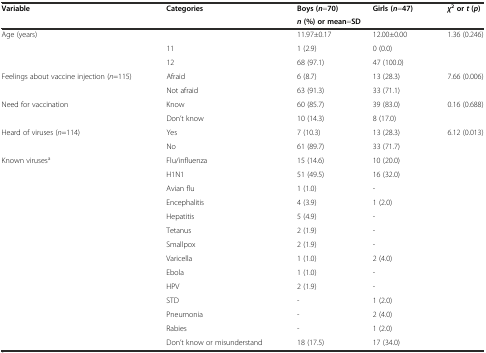
<table><thead><tr><td rowspan="2"><b>Variable</b></td><td rowspan="2"><b>Categories</b></td><td><b>Boys (<i>n</i>=70)</b></td><td><b>Girls (<i>n</i>=47)</b></td><td rowspan="2"><b><i>χ</i><sup>2</sup>or<i>t</i>(<i>p</i>)</b></td></tr><tr><td colspan="2"><b><i>n</i>(%) or mean=SD</b></td></tr></thead><tbody><tr><td>Age (years)</td><td></td><td>11.97±0.17</td><td>12.00±0.00</td><td>1.36 (0.246)</td></tr><tr><td></td><td>11</td><td>1 (2.9)</td><td>0 (0.0)</td><td></td></tr><tr><td></td><td>12</td><td>68 (97.1)</td><td>47 (100.0)</td><td></td></tr><tr><td>Feelings about vaccine injection (<i>n</i>=115)</td><td>Afraid</td><td>6 (8.7)</td><td>13 (28.3)</td><td>7.66 (0.006)</td></tr><tr><td></td><td>Not afraid</td><td>63 (91.3)</td><td>33 (71.1)</td><td></td></tr><tr><td>Need for vaccination</td><td>Know</td><td>60 (85.7)</td><td>39 (83.0)</td><td>0.16 (0.688)</td></tr><tr><td></td><td>Don’t know</td><td>10 (14.3)</td><td>8 (17.0)</td><td></td></tr><tr><td>Heard of viruses (<i>n</i>=114)</td><td>Yes</td><td>7 (10.3)</td><td>13 (28.3)</td><td>6.12 (0.013)</td></tr><tr><td></td><td>No</td><td>61 (89.7)</td><td>33 (71.7)</td><td></td></tr><tr><td>Known viruses<sup>a</sup></td><td>Flu/influenza</td><td>15 (14.6)</td><td>10 (20.0)</td><td></td></tr><tr><td></td><td>H1N1</td><td>51 (49.5)</td><td>16 (32.0)</td><td></td></tr><tr><td></td><td>Avian flu</td><td>1 (1.0)</td><td>-</td><td></td></tr><tr><td></td><td>Encephalitis</td><td>4 (3.9)</td><td>1 (2.0)</td><td></td></tr><tr><td></td><td>Hepatitis</td><td>5 (4.9)</td><td>-</td><td></td></tr><tr><td></td><td>Tetanus</td><td>2 (1.9)</td><td>-</td><td></td></tr><tr><td></td><td>Smallpox</td><td>2 (1.9)</td><td>-</td><td></td></tr><tr><td></td><td>Varicella</td><td>1 (1.0)</td><td>2 (4.0)</td><td></td></tr><tr><td></td><td>Ebola</td><td>1 (1.0)</td><td>-</td><td></td></tr><tr><td></td><td>HPV</td><td>2 (1.9)</td><td>-</td><td></td></tr><tr><td></td><td>STD</td><td>-</td><td>1 (2.0)</td><td></td></tr><tr><td></td><td>Pneumonia</td><td>-</td><td>2 (4.0)</td><td></td></tr><tr><td></td><td>Rabies</td><td>-</td><td>1 (2.0)</td><td></td></tr><tr><td></td><td>Don’t know or misunderstand</td><td>18 (17.5)</td><td>17 (34.0)</td><td></td></tr></tbody></table>